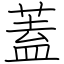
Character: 蓋